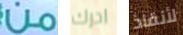
من ادرك لأنقاذ